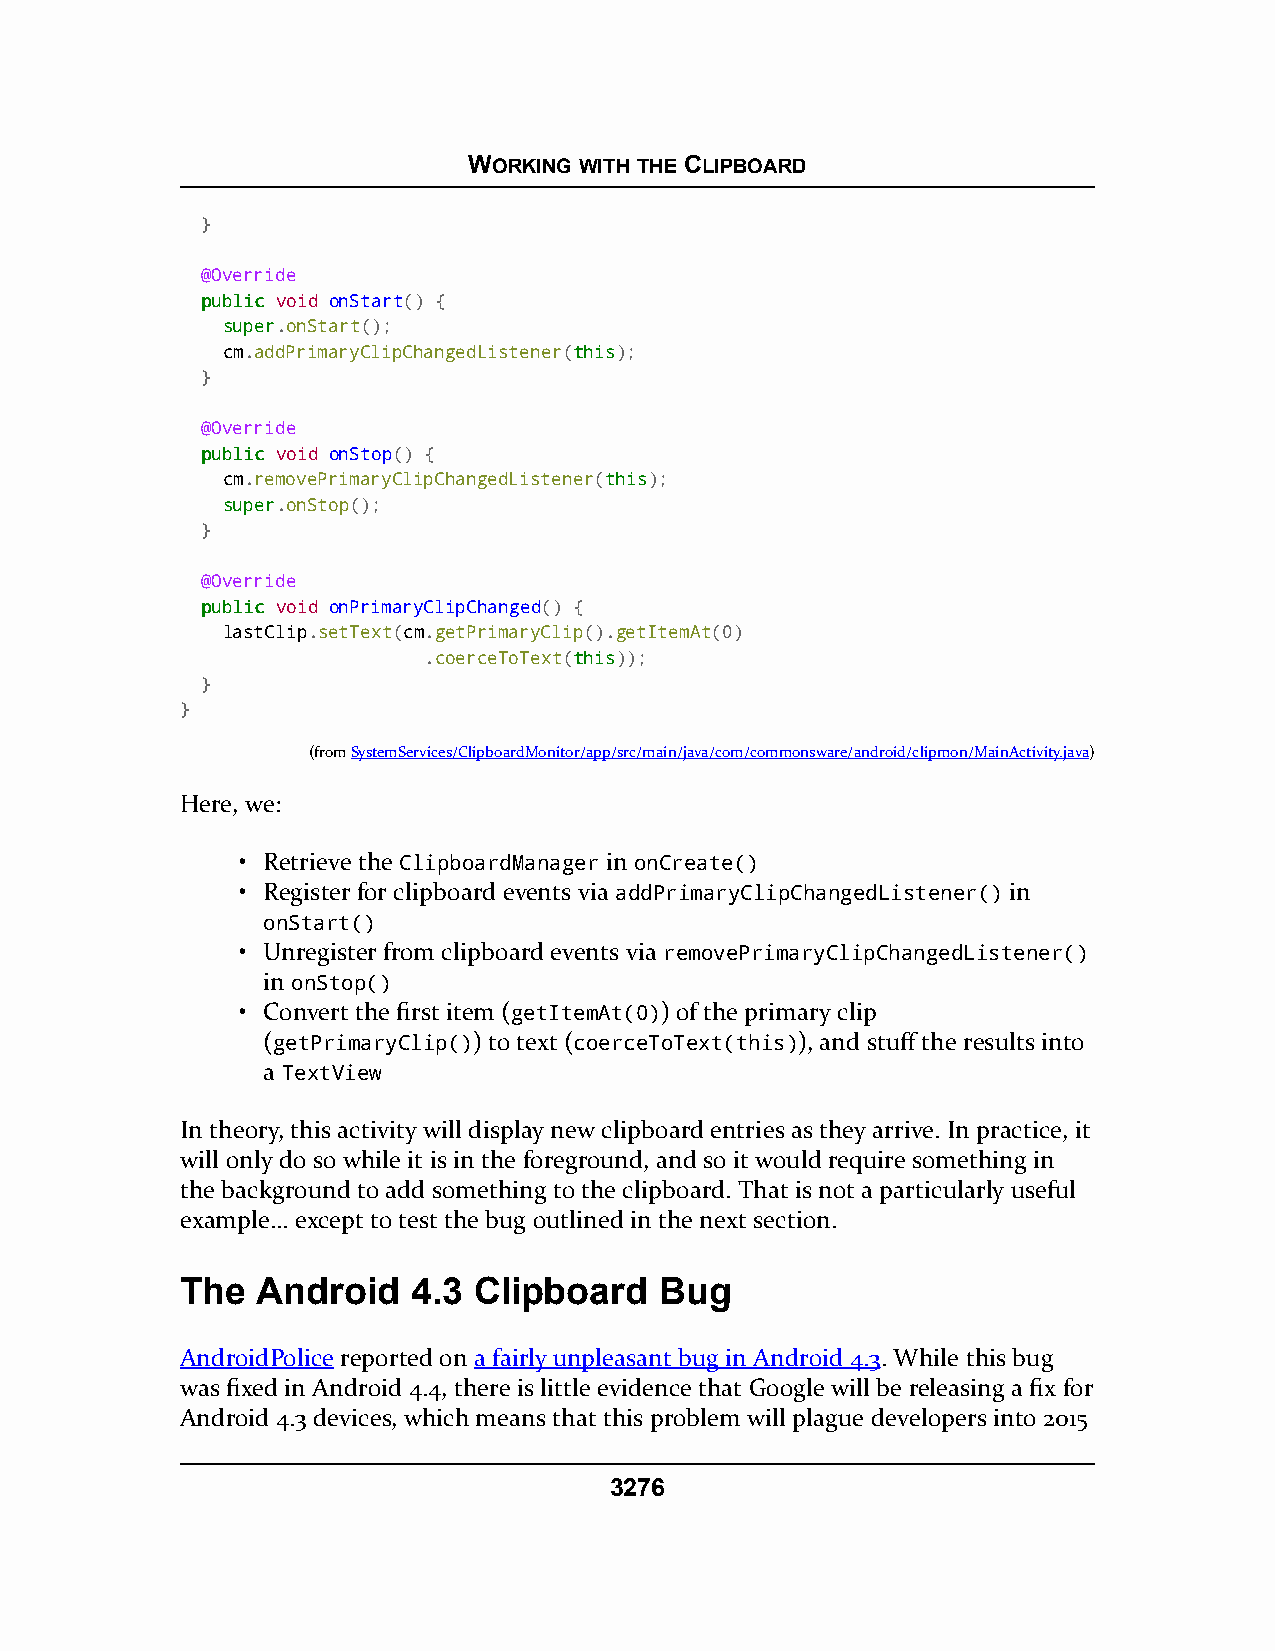
WORKING WITH THE CLIPBOARD
 }
 @Override
 ppuubblliicc void onStart() {
 ssuuppeerr.onStart();
 cm.addPrimaryClipChangedListener(tthhiiss);
 }
 @Override
 ppuubblliicc void onStop() {
 cm.removePrimaryClipChangedListener(tthhiiss);
 ssuuppeerr.onStop();
 }
 @Override
 ppuubblliicc void onPrimaryClipChanged() {
 lastClip.setText(cm.getPrimaryClip().getItemAt(0)
 .coerceToText(tthhiiss));
 }
 }
 (fromSystemServices/ClipboardMonitor/app/src/main/java/com/commonsware/android/clipmon/MainActivity.java)
 Here, we:
 • Retrieve the ClipboardManager in onCreate()
 • Register for clipboard events via addPrimaryClipChangedListener() in
 onStart()
 • Unregister from clipboard events via removePrimaryClipChangedListener()
 in onStop()
 • Convert the first item (getItemAt(0)) of the primary clip
 (getPrimaryClip()) to text (coerceToText(this)), and stuff the results into
 a TextView
 In theory, this activity will display new clipboard entries as they arrive. In practice, it
 will only do so while it is in the foreground, and so it would require something in
 the background to add something to the clipboard. That is not a particularly useful
 example… except to test the bug outlined in the next section.
 The  Android   4.3 Clipboard    Bug
 AndroidPolice reported on a fairly unpleasant bug in Android 4.3. While this bug
 was fixed in Android 4.4, there is little evidence that Google will be releasing a fix for
 Android 4.3 devices, which means that this problem will plague developers into 2015
 3276